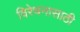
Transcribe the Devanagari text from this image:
विरेचनासाठी